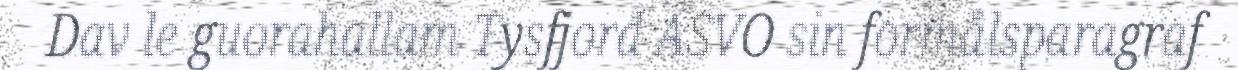
Dav le guorahallam Tysfjord ASVO sin formålsparagraf